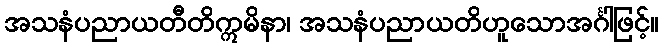
အသနံပညာယတီတိဣမိနာ၊ အသနံပညာယတိဟူသောအင်္ဂါဖြင့်။